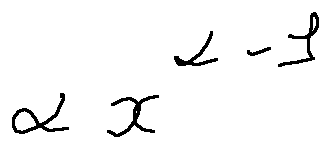
\alpha x ^ { \alpha - 1 }